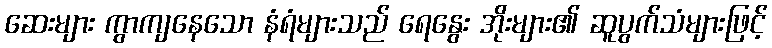
ဆေးများ ကွာကျနေသော နံရံများသည် ရေနွေး အိုးများ၏ ဆူပွက်သံများဖြင့်